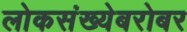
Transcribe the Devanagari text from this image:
लोकसंख्येबरोबर